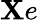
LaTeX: \mathbf{X}e